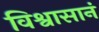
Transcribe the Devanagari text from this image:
विश्वासानं